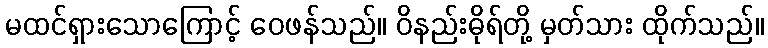
မထင်ရှားသောကြောင့် ဝေဖန်သည်။ ဝိနည်းဓိုရ်တို့ မှတ်သား ထိုက်သည်။